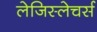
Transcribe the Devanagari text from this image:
लेजिस्लेचर्स